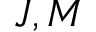
J , M